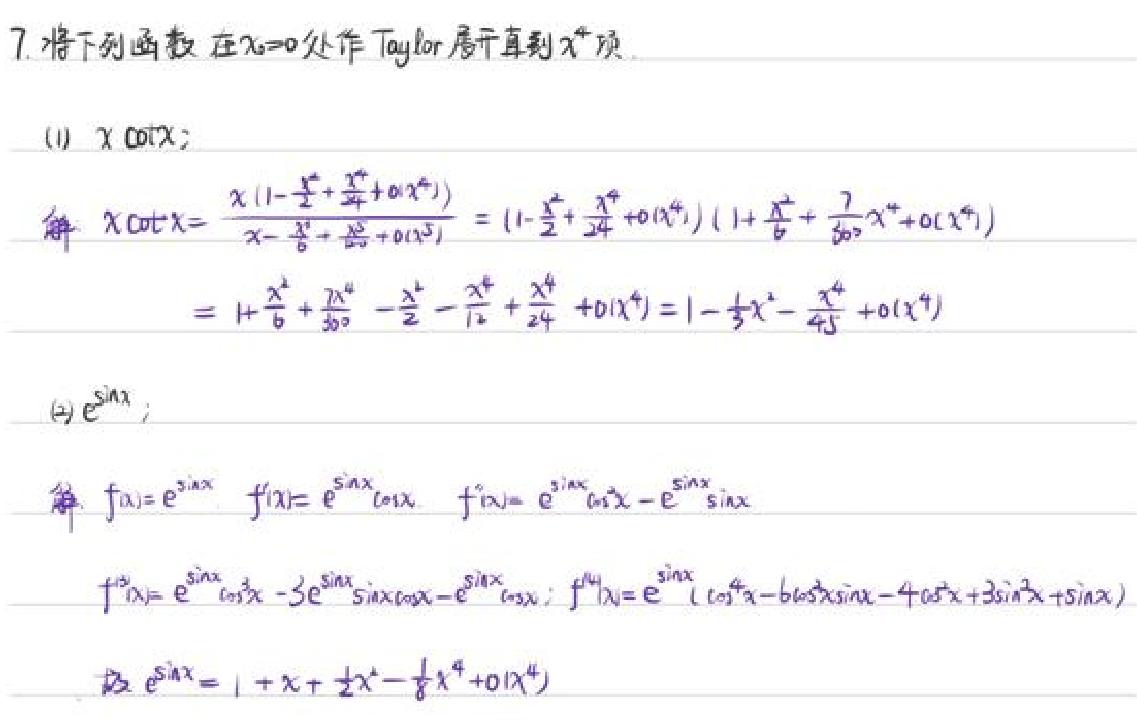
7. 将下列函数在$x = 0$处作 Taylor 展开直到$x^{4}$项.
(1) $x\cot x$;
解 $x\cot x=\frac{x(1 - \frac{x^{2}}{2}+\frac{x^{4}}{24}+o(x^{4}))}{x-\frac{x^{3}}{6}+\frac{x^{5}}{120}+o(x^{5})}=(1 - \frac{x^{2}}{2}+\frac{x^{4}}{24}+o(x^{4}))(1+\frac{x^{2}}{6}+\frac{7x^{4}}{360}+o(x^{4}))$
$=1+\frac{x^{2}}{6}+\frac{7x^{4}}{360}-\frac{x^{2}}{2}-\frac{x^{4}}{12}+\frac{x^{4}}{24}+o(x^{4})=1-\frac{1}{3}x^{2}-\frac{1}{45}x^{4}+o(x^{4})$
(2) $e^{\sin x}$;
解 $f(x)=e^{\sin x}, f^{\prime}(x)=e^{\sin x}\cos x, f^{\prime\prime}(x)=e^{\sin x}\cos^{2}x - e^{\sin x}\sin x$
$f^{(3)}(x)=e^{\sin x}\cos^{3}x - 3e^{\sin x}\sin x\cos x - e^{\sin x}\cos x; f^{(4)}(x)=e^{\sin x}(\cos^{4}x - 6\cos^{2}x\sin x - 4\cos^{2}x + 3\sin^{2}x+\sin x)$
故 $e^{\sin x}=1 + x+\frac{1}{2}x^{2}-\frac{1}{8}x^{4}+o(x^{4})$